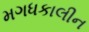
મગધકાલીન